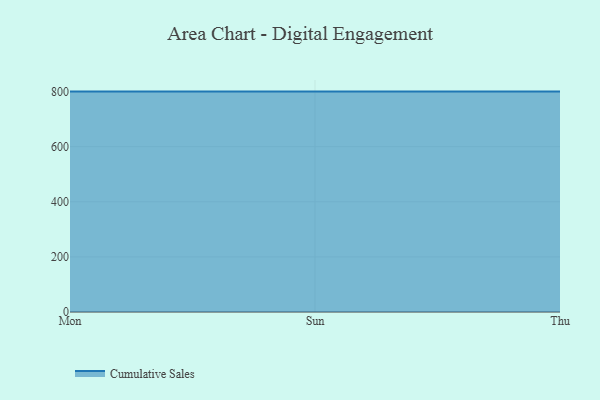
{"axis": {"x": "Day", "y": "Gross Profit (USD K)"}, "legend": ["Cumulative Sales"], "data": [{"x": "Mon", "y": 800, "type": "Cumulative Sales"}, {"x": "Sun", "y": 800, "type": "Cumulative Sales"}, {"x": "Thu", "y": 800, "type": "Cumulative Sales"}]}